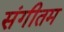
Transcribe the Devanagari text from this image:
संगीतम